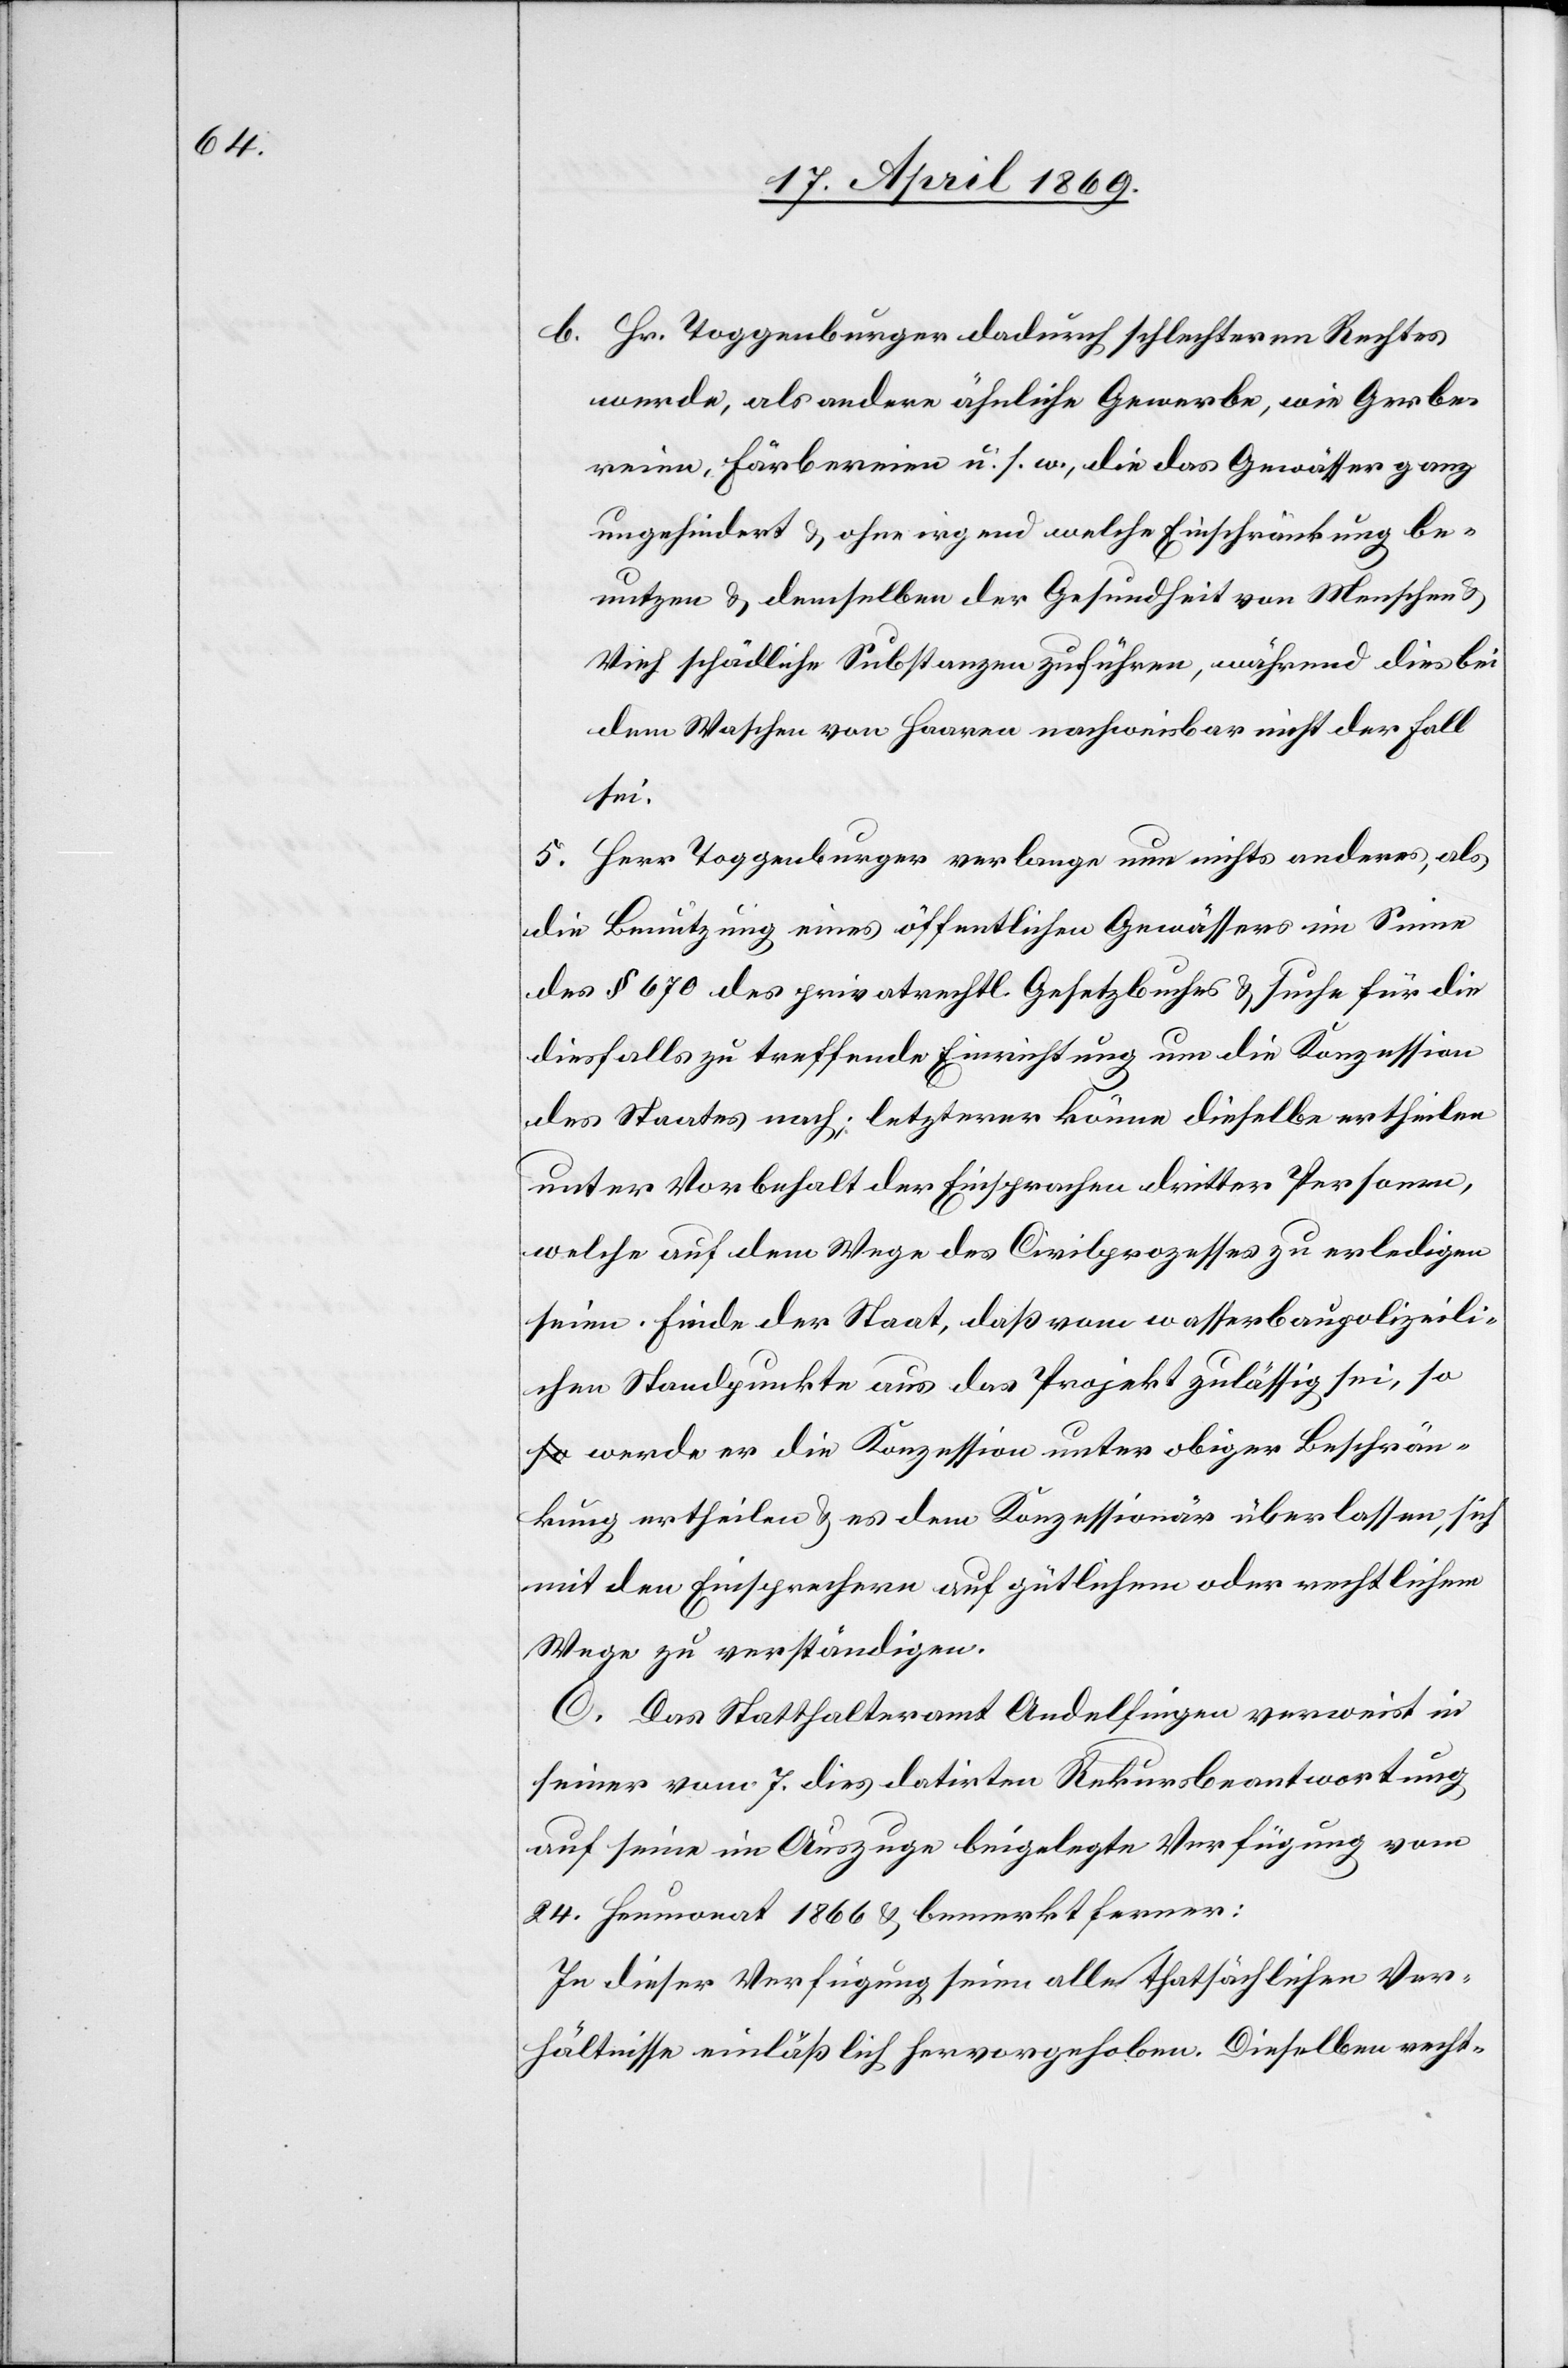
b. Hr. Toggenburger dadurch schlechteren Rechtes
werde, als andere ähnliche Gewerbe, wie Gerbe¬
reien, Färbereien u. s. w., die das Gewässer ganz
ungehindert u. ohne irgend welche Einschränkung be¬
nutzen u. demselben der Gesundheit von Menschen u.
Vieh schädliche Substanzen zuführen, während dies bei
dem Waschen von Haaren nachweisbar nicht der Fall.
5. Herr Toggenburger verlange nun nichts anderes, als
die Benutzung eines öffentlichen Gewässers im Sinne
des § 670 des privatrechtl. Gesetzbuches u. suche für die
diesfalls zu treffende Einrichtung um die Konzession
des Staates nach; letzterer könne dieselbe ertheilen
unter Vorbehalt der Einsprachen dritter Personen,
welche auf dem Wege des Civilprozesses zu erledigen
seien. Finde der Staat, daß vom wasserbaupolizeili¬
chen Standpunkte aus das Projekt zulässig sei, s¬
o werde er die Konzession unter obiger Beschrän¬
kung ertheilen u. es dem Konzessionär überlassen, sich
mit den Einsprechern auf gütlichem oder rechtlichem
Wege zu verständigen.
C. Das Statthalteramt Andelfingen verweist in
seiner vom 7. dies datirten Rekursbeantwortung
auf seine im Auszuge beigelegte Verfügung vom
24. Heumonat 1866 u. bemerkt ferner:
In dieser Verfügung seien alle thatsächlichen Ver¬
hältnisse einläßlich hervorgehoben. Dieselben recht-